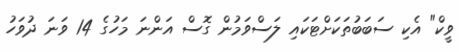
ވީކް" އެކި ސަބަބުތަކަށްޓަކައި ލަސްވަމުން ގޮސް އަންނަ މަހުގެ 14 ވަނަ ދުވަހު